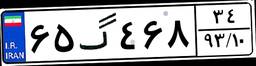
۹۰گ۱۹۹۴۳